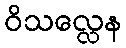
ဝိသလ္လေန